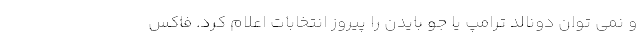
و نمی توان دونالد ترامپ یا جو بایدن را پیروز انتخابات اعلام کرد. فاکس